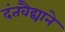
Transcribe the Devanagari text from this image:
दंतवैद्याने